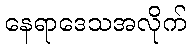
နေရာဒေသအလိုက်